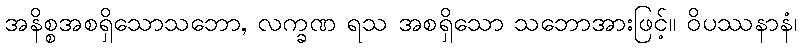
အနိစ္စအစရှိသောသဘော, လက္ခဏ ရသ အစရှိသော သဘောအားဖြင့်။ ဝိပဿနာနံ၊